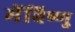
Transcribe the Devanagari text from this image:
मेंविष्णु